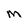
Character: M